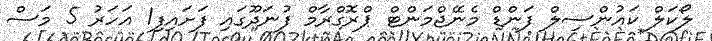
ލޯކަލް ކައުންސިލް ފަންޑް މެނޭޖްމަންޓް ޕްރޮގްރާމް ފުނަދޫގައި ފަށައިފި1 އަހަރު 5 މަސް